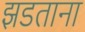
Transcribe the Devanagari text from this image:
झडताना